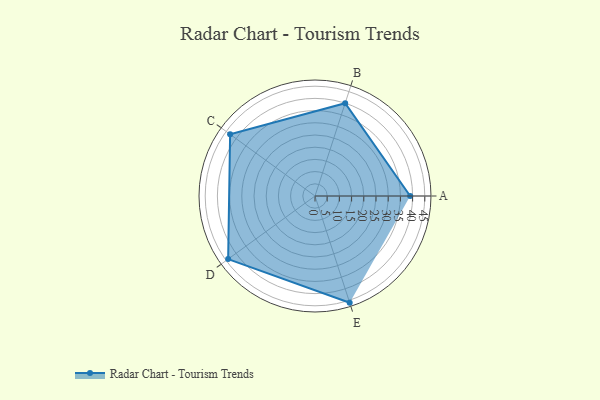
{"axis": {"x": "Skill", "y": "Score"}, "legend": ["Profile"], "data": [{"x": "A", "y": 39.0, "type": "Profile"}, {"x": "B", "y": 40.0, "type": "Profile"}, {"x": "C", "y": 43.0, "type": "Profile"}, {"x": "D", "y": 44.0, "type": "Profile"}, {"x": "E", "y": 46.0, "type": "Profile"}]}